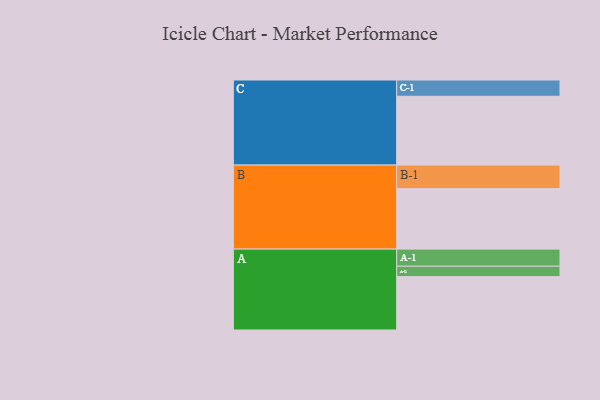
{"axis": {"x": "Segment", "y": "Value"}, "legend": ["", "A", "B", "C"], "data": [{"x": "A", "y": 443, "type": ""}, {"x": "B", "y": 502, "type": ""}, {"x": "C", "y": 571, "type": ""}, {"x": "A-1", "y": 142, "type": "A"}, {"x": "A-2", "y": 86, "type": "A"}, {"x": "B-1", "y": 195, "type": "B"}, {"x": "C-1", "y": 135, "type": "C"}]}